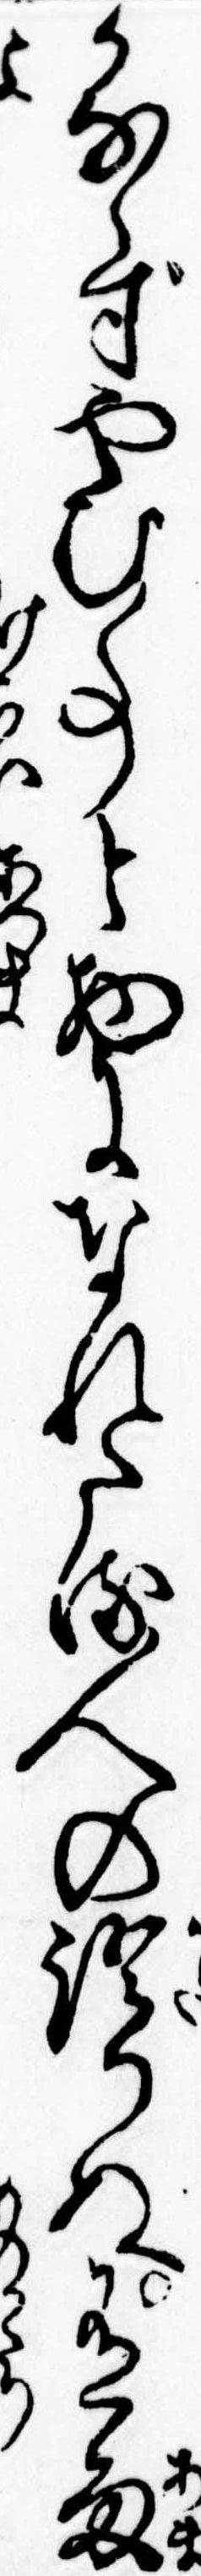
かならずやむ事と物になれたる人の語りぬ有雨